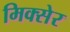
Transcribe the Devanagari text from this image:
मिक्सेर